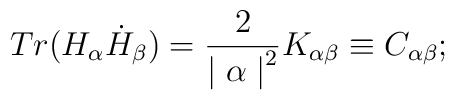
Tr(H_\alpha \dot H_\beta) = {2 \over {\mid \alpha \mid}^2} K_{\alpha\beta}\equiv C_{\alpha\beta};